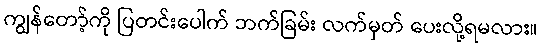
ကျွန်တော့်ကို ပြတင်းပေါက် ဘက်ခြမ်း လက်မှတ် ပေးလို့ရမလား။